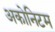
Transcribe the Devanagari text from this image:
अकोनिटम